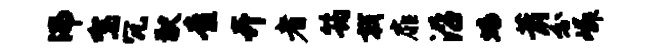
沸驾冗猷查卉者筠戟扉沿蟠萧分嶙